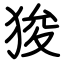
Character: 狻